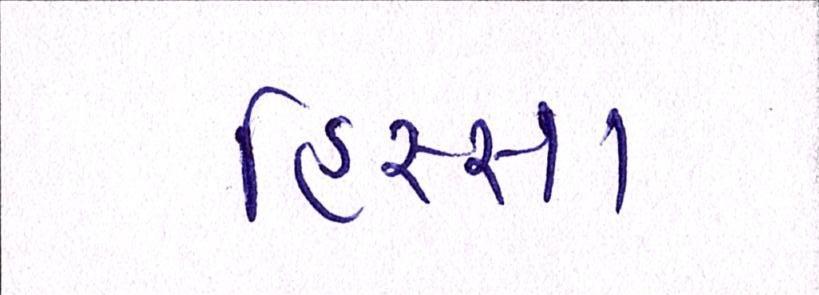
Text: હિસ્સા